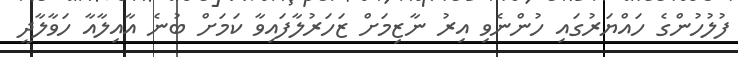
ފުލުހުންގެ ހައްޔަރުގައި ހުންނެވި އިރު ނާޒިމަށް ޒަހަރުލާފައިވާ ކަމަށް ބުނެ އާއިލާއާ ހަވާލާދީ